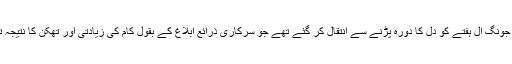
کِم جونگ اِل ہفتے کو دل کا دورہ پڑنے سے انتقال کر گئے تھے جو سرکاری ذرائع ابلاغ کے بقول کام کی زیادتی اور تھکن کا نتیجہ تھا۔